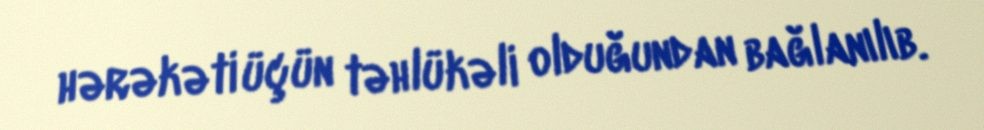
hərəkəti üçün təhlükəli olduğundan bağlanılıb.